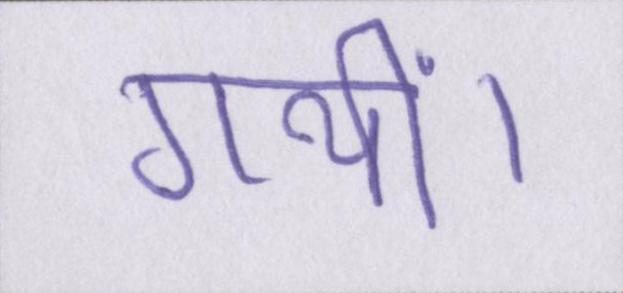
गयीं।